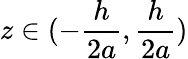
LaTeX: z\in(-\frac{h}{2a},\frac{h}{2a})